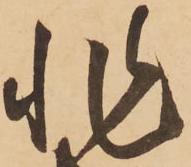
非